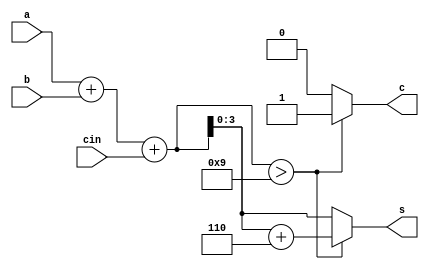
`timescale 1ns / 1ps
//////////////////////////////////////////////////////////////////////////////////
// Company: 
// Engineer: 
// 
// Design Name: 
// Module Name:    BCD_adder 
// Project Name: 
// Target Devices: 
// Tool versions: 
// Description: 
//
// Dependencies: 
//
// Revision: 
// Revision 0.01 - File Created
// Additional Comments: 
//
//////////////////////////////////////////////////////////////////////////////////
module BCD_adder(a,b,cin,s,c);
input [3:0]a,b;
input cin;
output reg [3:0]s;
output reg c;

reg[4:0]sum_t;

always @ (a,b,cin)
begin
sum_t=a+b+cin;
if(sum_t > 9) 
begin
sum_t = sum_t + 6;
c=1;
s=sum_t[3:0];
end
else
begin 
c = 0;
s = sum_t[3:0];
end
end



endmodule